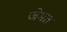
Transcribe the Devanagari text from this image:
जेमत